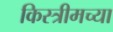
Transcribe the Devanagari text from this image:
किस्त्रीमच्या